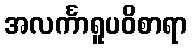
အလင်္ကာရူပဝိစာရာ